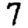
Digit: 7